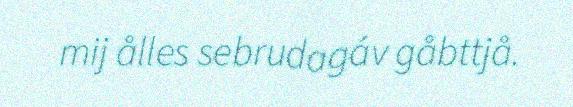
mij ålles sebrudagáv gåbttjå.